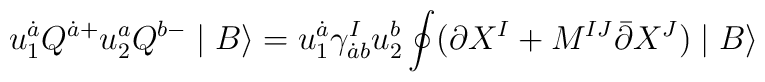
u_1^{\dot{a}}Q^{\dot{a}+}u_2^a Q^{b-}\mid B\rangle=u_1^{\dot{a}}\gamma^I_{\dot{a}b}u_2^b\oint (\partial X^I+M^{IJ}\bar{\partial} X^J)\mid B\rangle